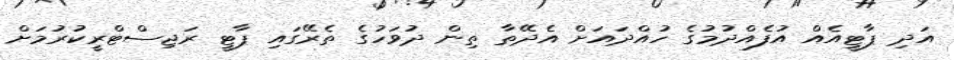
އަދި ޕާޓީއެއް އުފެއްދުމުގެ ހުއްދައަށް އެދޭތާ ތިން ދުވަހުގެ ތެރޭގައި ޕާޓީ ރަޖިސްޓްރީކުރުމަށް